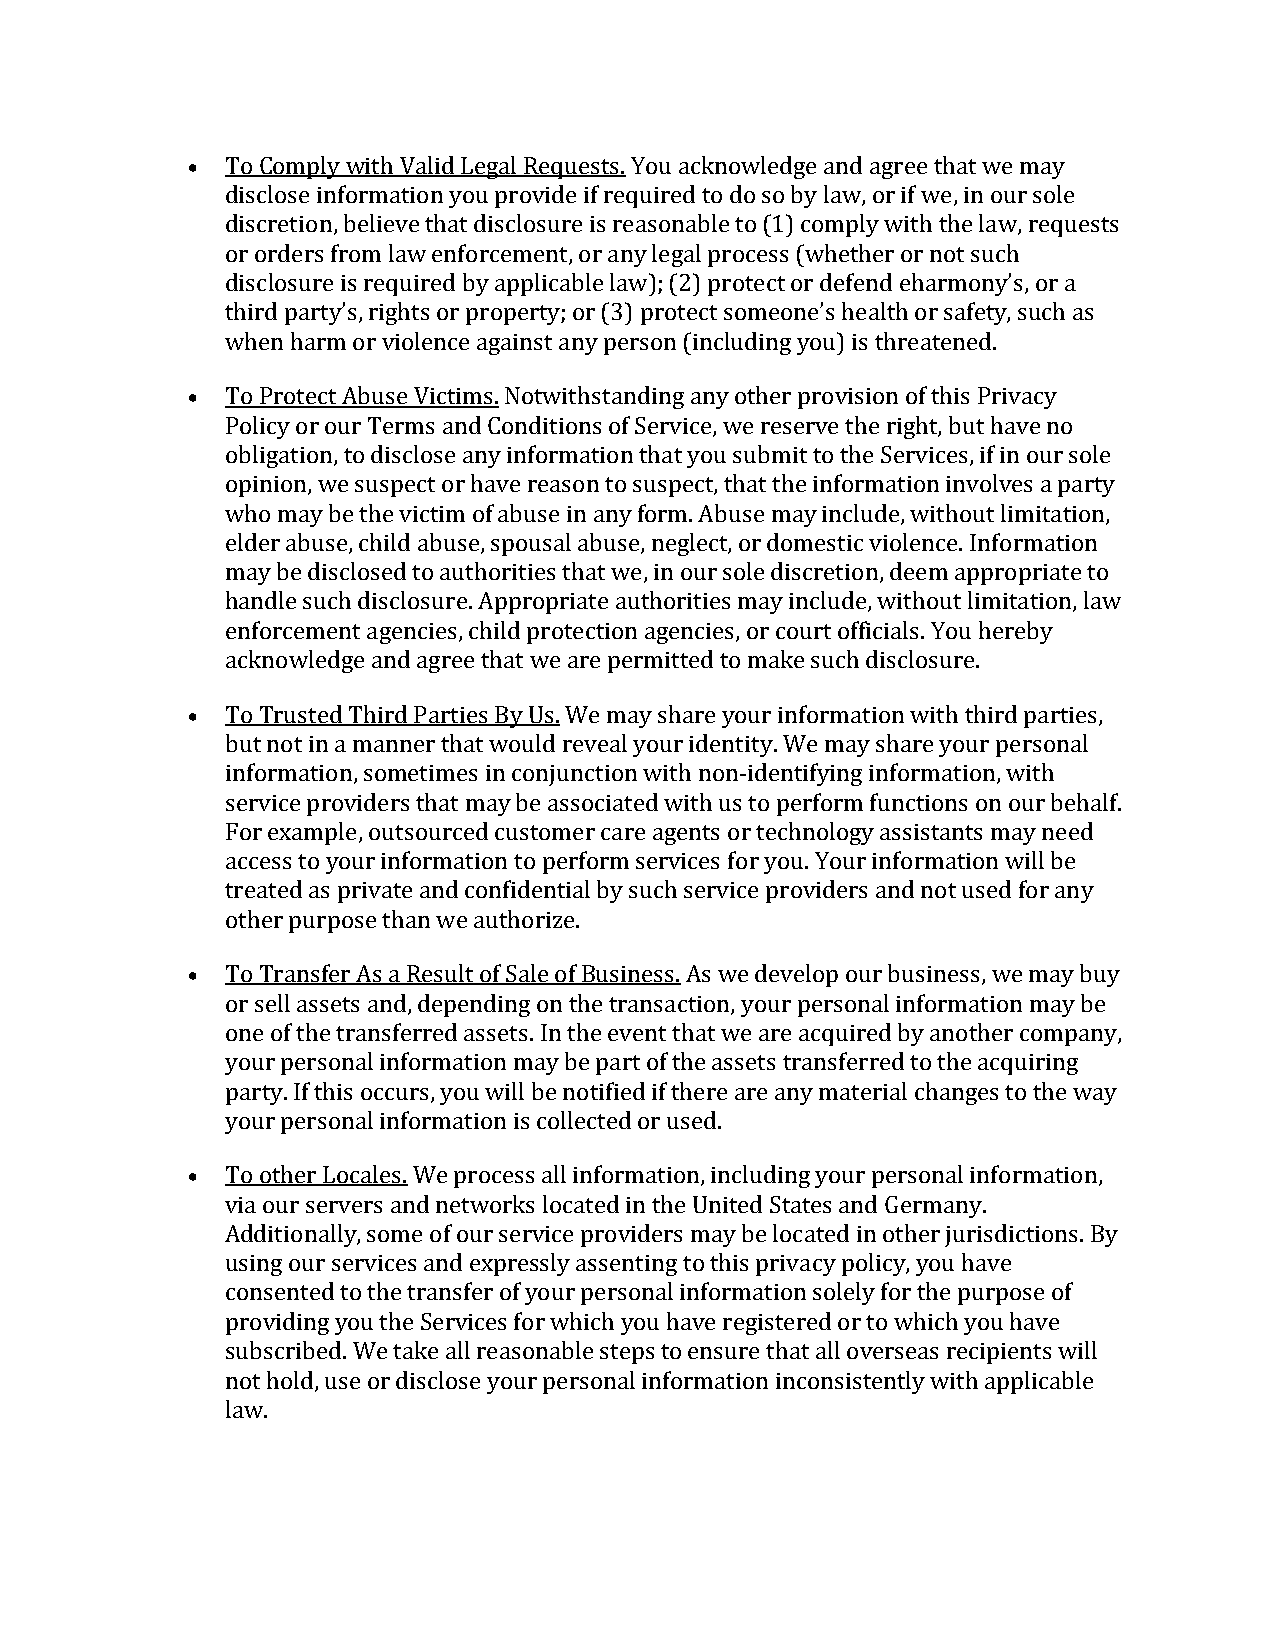
  To Comply with Valid Legal Requests. You acknowledge and agree that we may
 disclose information you provide if required to do so by law, or if we, in our sole
 discretion, believe that disclosure is reasonable to (1) comply with the law, requests
 or orders from law enforcement, or any legal process (whether or not such
 disclosure is required by applicable law); (2) protect or defend eharmony’s, or a
 third party’s, rights or property; or (3) protect someone’s health or safety, such as
 when harm or violence against any person (including you) is threatened.
   To Protect Abuse Victims. Notwithstanding any other provision of this Privacy
 Policy or our Terms and Conditions of Service, we reserve the right, but have no
 obligation, to disclose any information that you submit to the Services, if in our sole
 opinion, we suspect or have reason to suspect, that the information involves a party
 who may be the victim of abuse in any form. Abuse may include, without limitation,
 elder abuse, child abuse, spousal abuse, neglect, or domestic violence. Information
 may be disclosed to authorities that we, in our sole discretion, deem appropriate to
 handle such disclosure. Appropriate authorities may include, without limitation, law
 enforcement agencies, child protection agencies, or court officials. You hereby
 acknowledge and agree that we are permitted to make such disclosure.
   To Trusted Third Parties By Us. We may share your information with third parties,
 but not in a manner that would reveal your identity. We may share your personal
 information, sometimes in conjunction with non-identifying information, with
 service providers that may be associated with us to perform functions on our behalf.
 For example, outsourced customer care agents or technology assistants may need
 access to your information to perform services for you. Your information will be
 treated as private and confidential by such service providers and not used for any
 other purpose than we authorize.
   To Transfer As a Result of Sale of Business. As we develop our business, we may buy
 or sell assets and, depending on the transaction, your personal information may be
 one of the transferred assets. In the event that we are acquired by another company,
 your personal information may be part of the assets transferred to the acquiring
 party. If this occurs, you will be notified if there are any material changes to the way
 your personal information is collected or used.
   To other Locales. We process all information, including your personal information,
 via our servers and networks located in the United States and Germany.
 Additionally, some of our service providers may be located in other jurisdictions. By
 using our services and expressly assenting to this privacy policy, you have
 consented to the transfer of your personal information solely for the purpose of
 providing you the Services for which you have registered or to which you have
 subscribed. We take all reasonable steps to ensure that all overseas recipients will
 not hold, use or disclose your personal information inconsistently with applicable
 law.